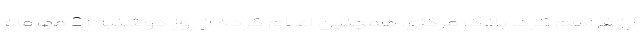
ارز فراهم کرد. بانک مرکزی همچنین اعلام کرده از روز دوشنبه 21 مهرماه